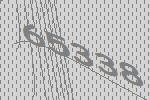
65338